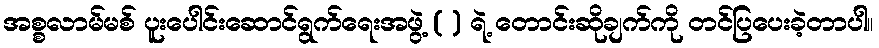
အစ္စလာမ်မစ် ပူးပေါင်းဆောင်ရွက်ရေးအဖွဲ့ ( ) ရဲ့ တောင်းဆိုချက်ကို တင်ပြပေးခဲ့တာပါ။